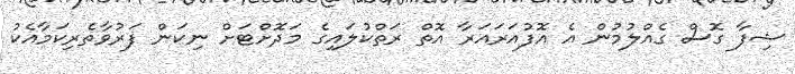
ޝިފާ ގޮސް ގެއްލުމުން އެ އޮފުއަރައަރާ އޮތް ރަތްކުލައިގެ މަދޮށްޓަށް ނިކަން ފަރުވާތެރިކަމާއެކު